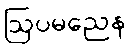
ဩပမညေန